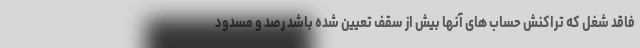
فاقد شغل که تراکنش حساب های آنها بیش از سقف تعیین شده باشد رصد و مسدود